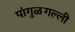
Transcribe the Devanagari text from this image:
पांगुळगल्ली